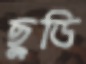
ছুডি